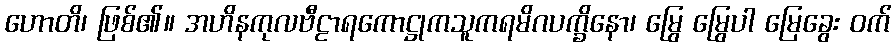
ဟောတိ၊ ဖြစ်၏။ အဟိနကုလဗီဠာရကောဋ္ဌုကသူကရမိဂပက္ခိနော၊ မြွေ မြွေပါ မြေခွေး ဝက်